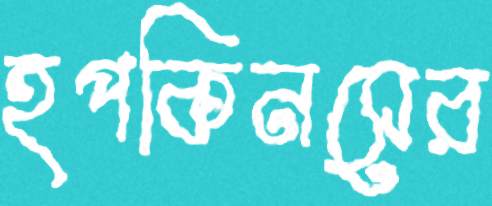
হপকিনসের